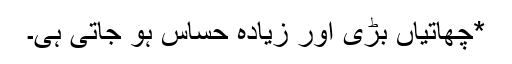
*چھاتیاں بڑی اور زیادہ حساس ہو جاتی ہی۔